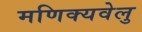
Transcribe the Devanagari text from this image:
मणिक्यवेलु